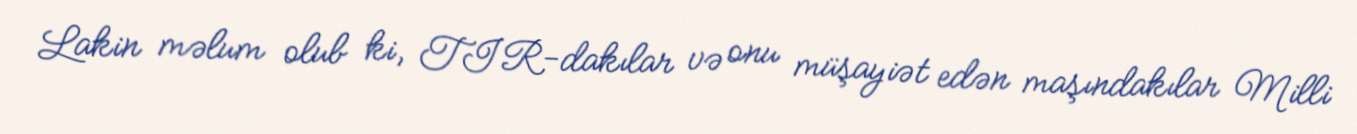
Lakin məlum olub ki, TIR-dakılar və onu müşayiət edən maşındakılar Milli